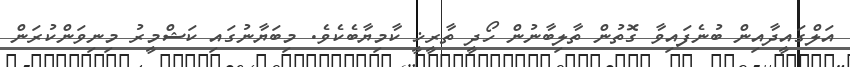
އަލްގައީދާއިން ބުނެފައިވާ ގޮތުން ތާލިބާނުން ހޯދީ ތާރީޚީ ކާމިޔާބެކެވެ. މިބަޔާނުގައި ކަޝްމީރު މިނިވަންކުރަން